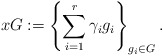
\begin{align*}xG:=\left\{\sum_{i=1}^r \gamma_ig_i\right\}_{g_i\in G}.\end{align*}